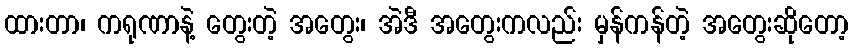
ထားတာ၊ ကရုဏာနဲ့ တွေးတဲ့ အတွေး၊ အဲဒီ အတွေးကလည်း မှန်ကန်တဲ့ အတွေးဆိုတော့